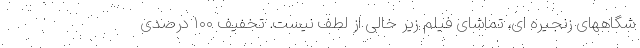
شگاههای زنجیره ای، تماشای فیلم زیر خالی از لطف نیست. تخفیف ۱۰۰ درصدی